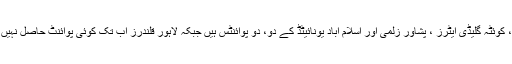
کراچی کنگز، کوئٹہ گلیڈی ایٹرز ، پشاور زلمی اور اسلام آباد یونائیٹڈ کے دو، دو پوائنٹس ہیں جبکہ لاہور قلندرز اب تک کوئی پوائنٹ حاصل نہیں کرسکی ہے۔